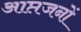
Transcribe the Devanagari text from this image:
आप्तजनों